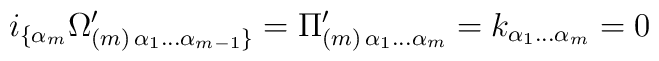
i_{\{\alpha_m} \Omega' _{(m)\,\alpha_1 \dots \alpha_{m-1}\}} =\Pi'_{(m)\,\alpha_1\dots\alpha_m} = k_{\alpha_1\dots\alpha_m} = 0